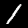
Digit: 1